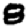
Digit: 8